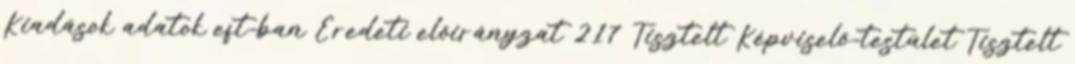
Kiadások adatok eft-ban Eredeti előirányzat 217 Tisztelt Képviselő-testület Tisztelt